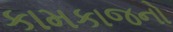
કામકાજનો